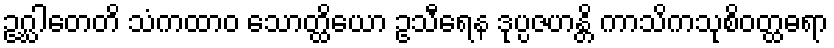
ဥဂ္ဃါတေတိ သံကထာဝ သောတ္ထိယော ဥသီရေန ဒုပ္ပဇဟန္တိ ကာသိကသုစိဝတ္ထဓရာ